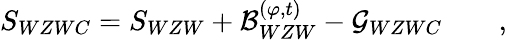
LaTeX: S_{WZWC}=S_{WZW}+{\cal B}_{WZW}^{(\varphi,t)}-{\cal G}_{WZWC}\qquad,